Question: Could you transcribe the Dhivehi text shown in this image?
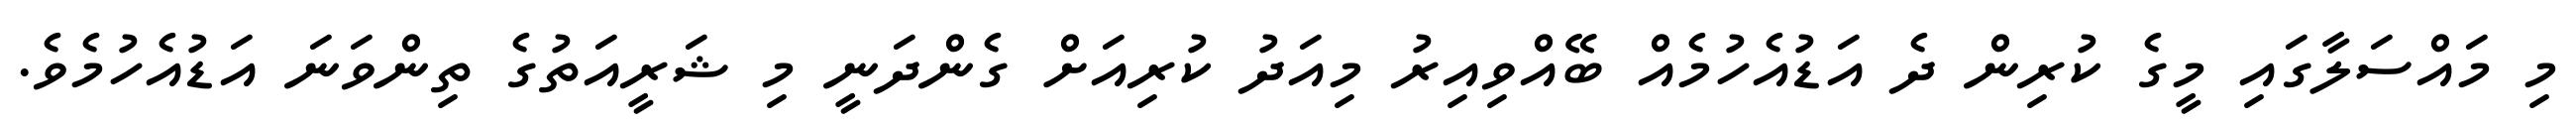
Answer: މި މައްސަލާގައި މީގެ ކުރިން ދެ އަޑުއެހުމެއް ބޭއްވިއިރު މިއަދު ކުރިއަށް ގެންދަނީ މި ޝަރީއަތުގެ ތިންވަނަ އަޑުއެހުމެވެ.